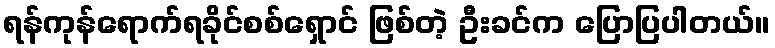
ရန်ကုန်ရောက်ရခိုင်စစ်ရှောင် ဖြစ်တဲ့ ဦးခင်က ပြောပြပါတယ်။